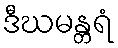
ဒီဃမန္တရံ